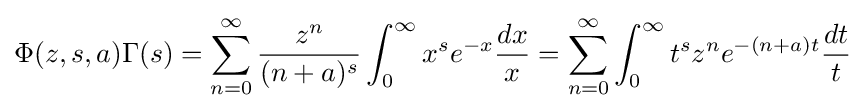
\Phi (z,s,a)\Gamma (s)=\sum _{n=0}^{\infty }{\frac {z^{n}}{(n+a)^{s}}}\int _{0}^{\infty }x^{s}e^{-x}{\frac {dx}{x}}=\sum _{n=0}^{\infty }\int _{0}^{\infty }t^{s}z^{n}e^{-(n+a)t}{\frac {dt}{t}}